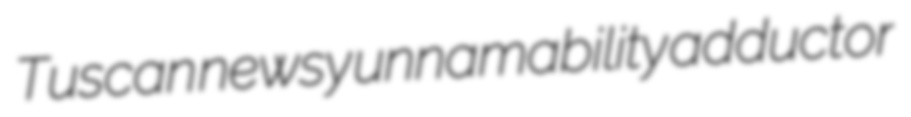
Tuscan newsy unnamability adductor